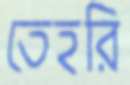
তেহরি